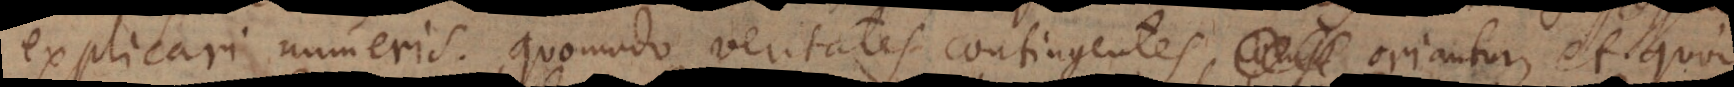
explicari numeris. Quomodo veritates contingentes oriantur, et quod